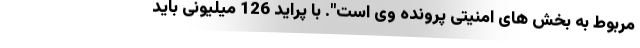
مربوط به بخش های امنیتی پرونده وی است". با پراید 126 میلیونی باید